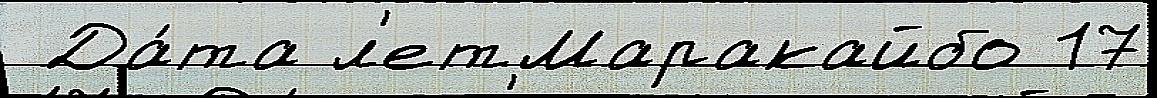
 Да́та л'етМаракайбо 17